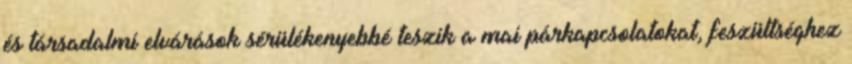
és társadalmi elvárások sérülékenyebbé teszik a mai párkapcsolatokat, feszültséghez